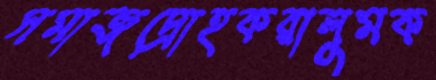
সমাজদ্রোহকরালুমক